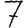
Digit: 7